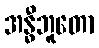
အန္ဓီဘူတော